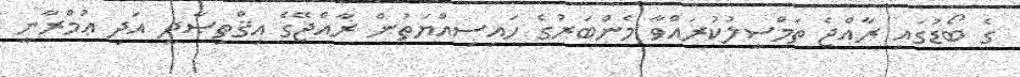
ގެ ބޯޑުގައި ރާއްޖެ ތަމްސީލުކުރައްވާ މެންބަރުގެ ހައިސިއްޔަތުން ރާއްޖޭގެ އިޤްތިޞާދީ އަދި ޢުމްރާނީ